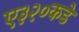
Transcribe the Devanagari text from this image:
ए३२०कडे